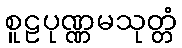
စူဠပုဏ္ဏမသုတ္တံ